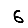
Digit: 6